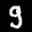
Label: 9